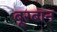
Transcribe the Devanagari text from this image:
बूरबान